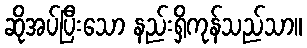
ဆိုအပ်ပြီးသော နည်းရှိကုန်သည်သာ။